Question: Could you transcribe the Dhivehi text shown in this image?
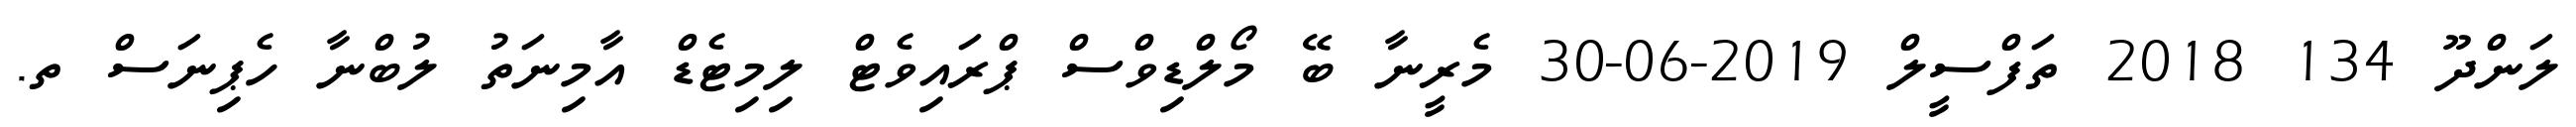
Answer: ލަންދޫ 134 2018 ތަފްސީލް 2019-06-30 މެރީނާ ބޭ މޯލްޑިވްސް ޕްރައިވެޓް ލިމިޓެޑް އާމިނަތު ލުބްނާ ހެޕިނަސް ތ.